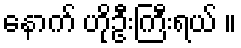
နောက် ဟိုဦးကြီးရယ် ။